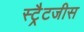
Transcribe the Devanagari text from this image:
स्ट्रैटजीस